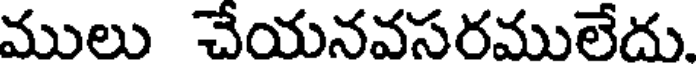
ములు చేయనవసరములేదు